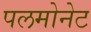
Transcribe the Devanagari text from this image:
पलमोनेट